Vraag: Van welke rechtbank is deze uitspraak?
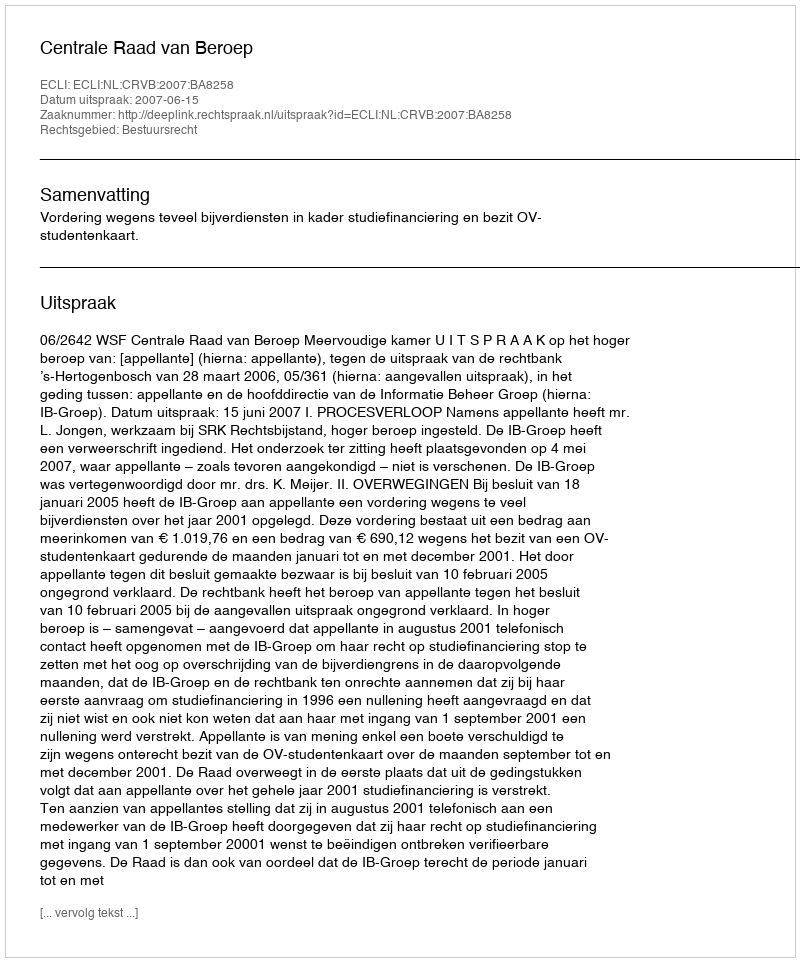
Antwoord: Centrale Raad van Beroep